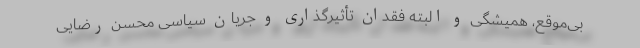
بی‌موقع، همیشگی و البته فقدان تأثیرگذاری و جریان سیاسی محسن رضایی